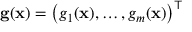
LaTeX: \mathbf { g } ( \mathbf { x } ) = \left( g _ { 1 } ( \mathbf { x } ) , \ldots , g _ { m } ( \mathbf { x } ) \right) ^ { \top }